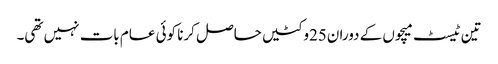
تین ٹیسٹ میچوں کے دوران25وکٹیں حاصل کرنا کوئی عام بات نہیں تھی۔